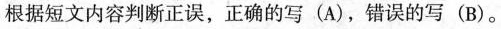
根据短文内容判断正误,正确的写 (A),错误的写 (B)。